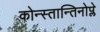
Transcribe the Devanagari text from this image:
कोन्स्तान्तिनोप्ले